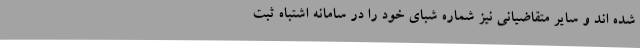
شده اند و سایر متقاضیانی نیز شماره شبای خود را در سامانه اشتباه ثبت